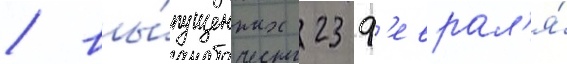
/ вы́пущенных 23 ф'еврал'я́